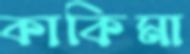
কাকিমা